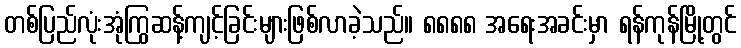
တစ်ပြည်လုံးအုံကြွဆန့်ကျင့်ခြင်းများဖြစ်လာခဲ့သည်။ ၈၈၈၈ အရေးအခင်းမှာ ရန်ကုန်မြို့တွင်